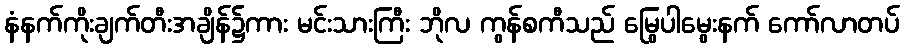
နံနက်ကိုးချက်တီးအချိန်၌ကား မင်းသားကြီး ဘိုလ ကွန်စကီသည် မြွေပါမွေးနက် ကော်လာတပ်